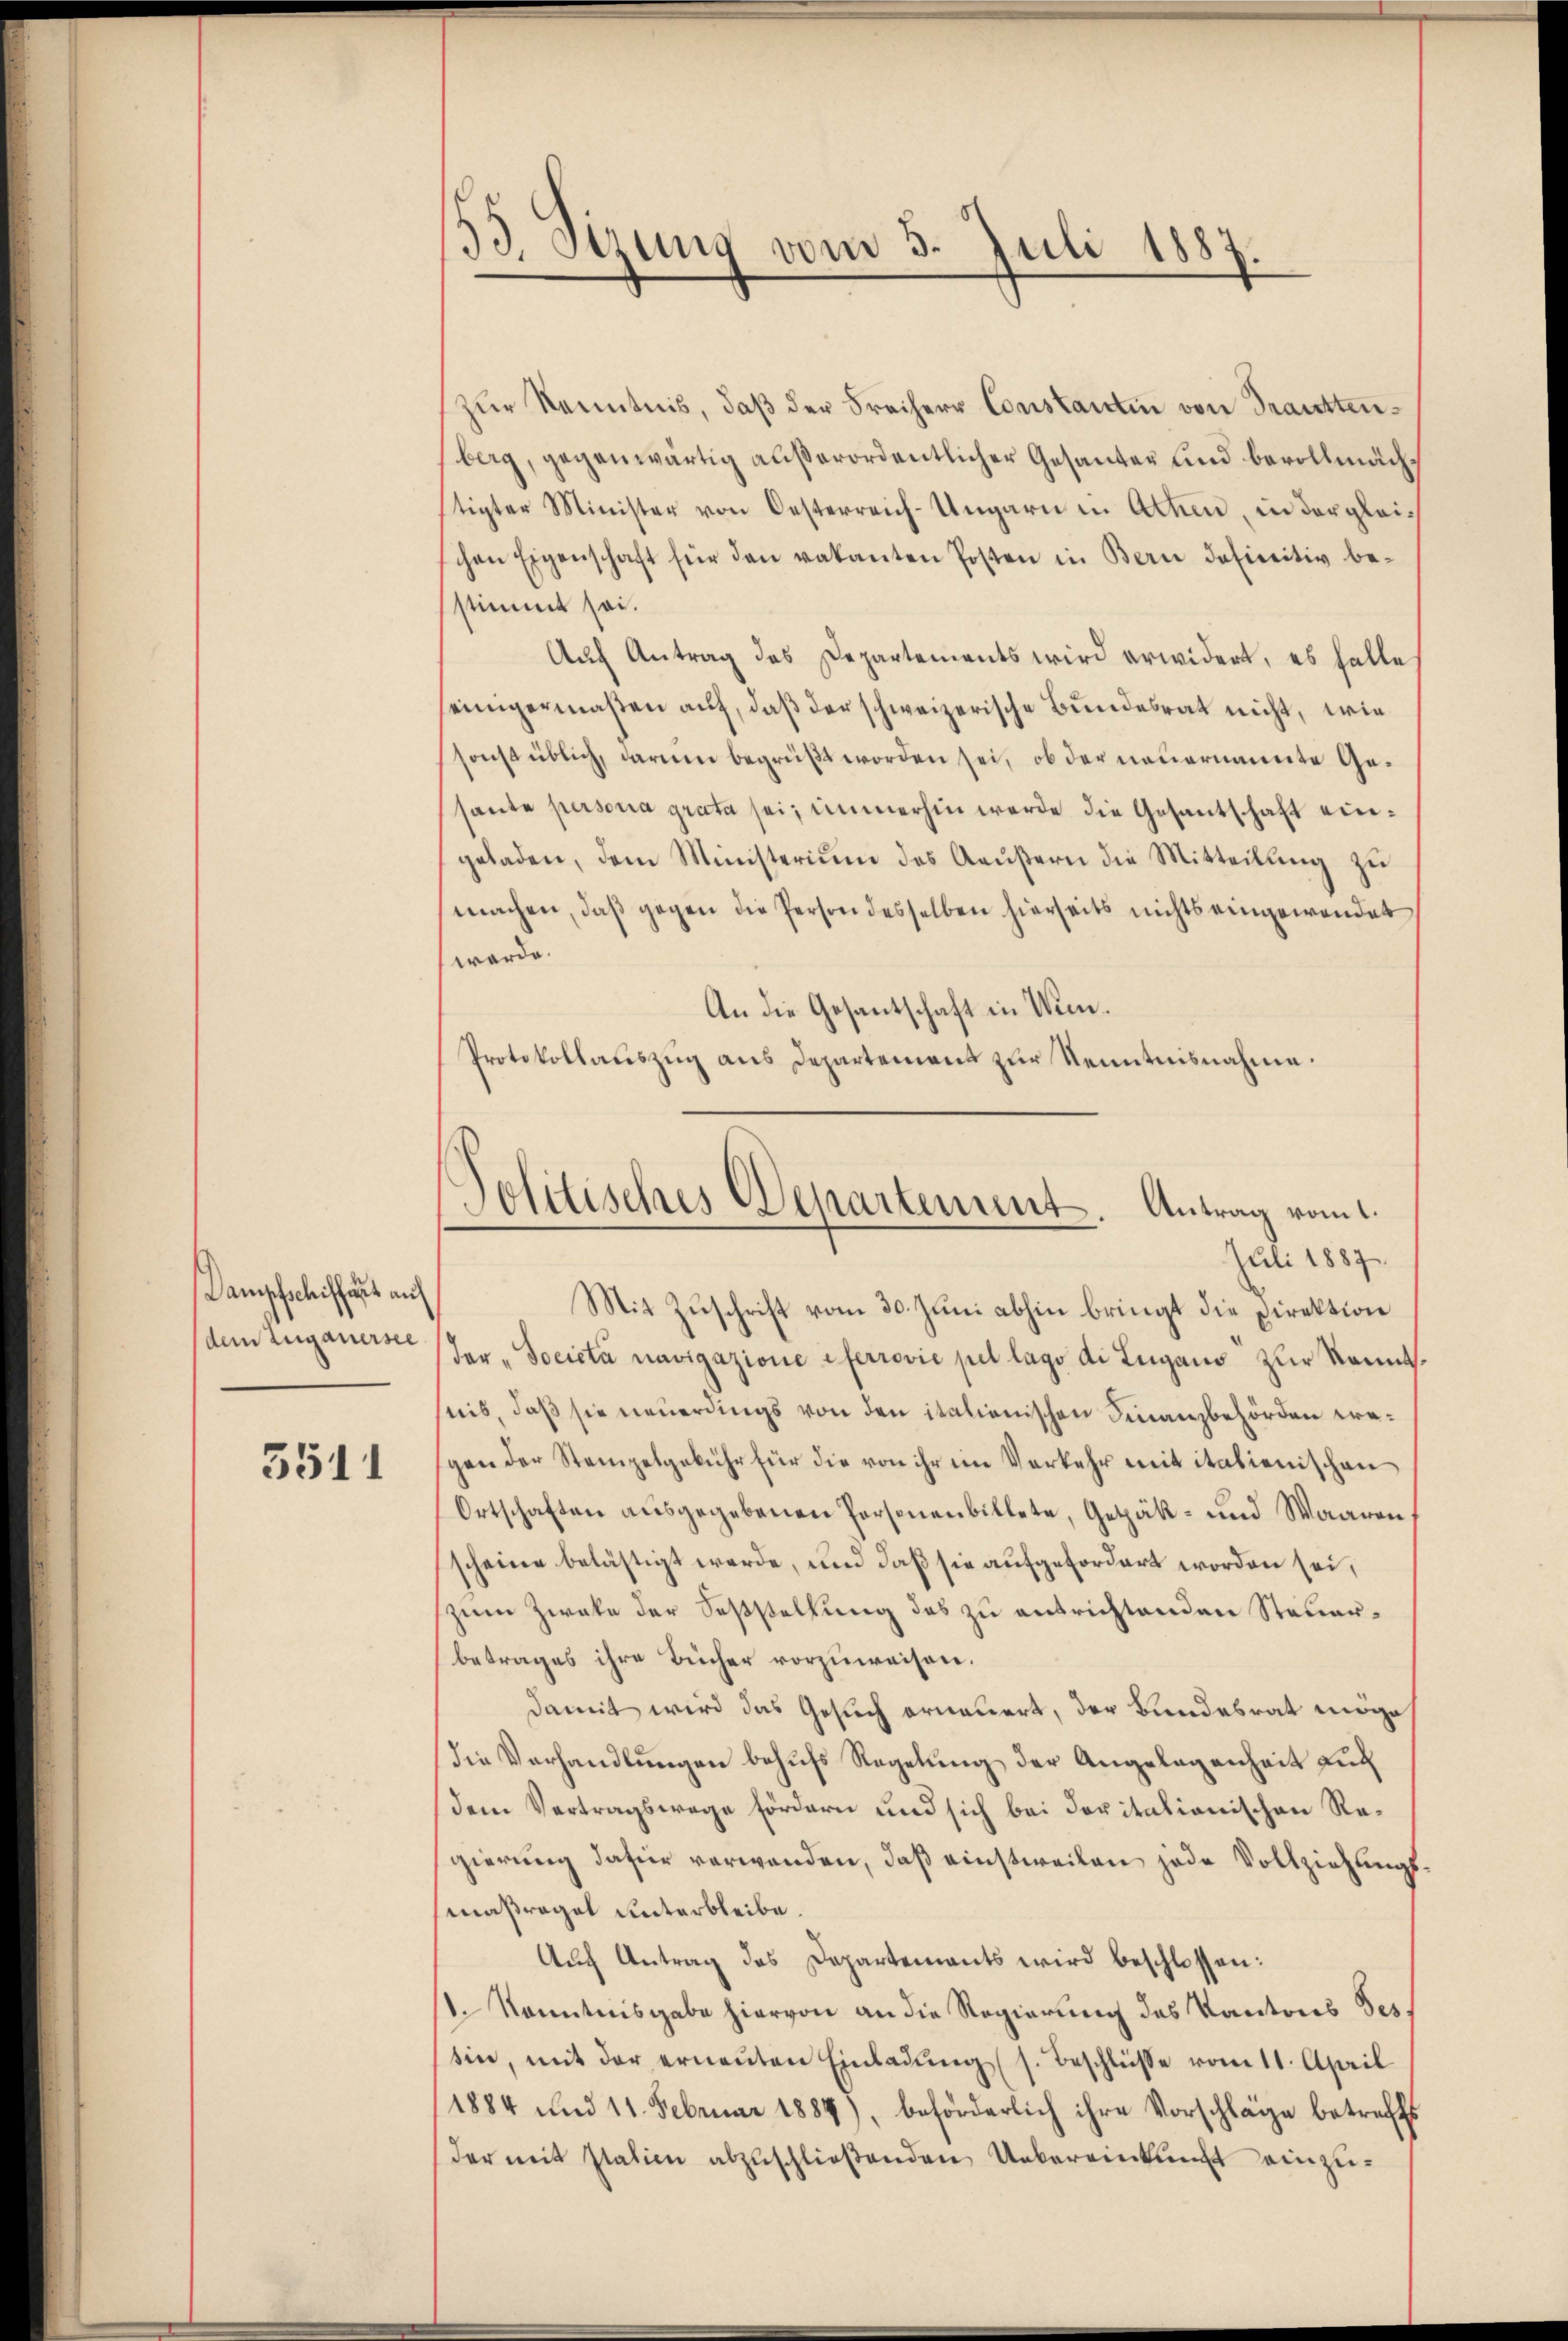
Dampfschiffart auf
dem Zuganersee

3511

zŭr Kenntnis, daβ der Freiherr Constantin von Trautenberg, gegenwärtig außerordentlicher Gesanter und bevollmächtigter Minister von Oesterreich-Ungarn in Athen, in dergleichen Eigenschaft für den vakanten Posten in Bern definitiv be-
stimmt sei.
Auf Antrag des Departements wird erwidert, es halte
seinigermaßen auf, daß der schweizerische Bundesrat nicht, wie
sonst üblich, darum begrüßt worden sei, ob der neuernannte Gesante persona grata sei, immerhin werde die Gesantschaft eingeladen, dem Ministerium des Aaŭβern die Mitteilŭng zŭ
machen, daβ gegen die Person desselben hierseits nichts eingewendet
werde.
An die Gesantschaft in Wien.
Protokollauszug aus Departement zur Kenntnisnahme.

.
Sitzung vom 3. Juli 1887.

Politisches Departement Antrag vom 1.
Juli 1887.

Mit Zuschrift vom 30. Juni abhin bringt die Direktion
der "Socicta navigazione ferrović pel lago di Lugano zur Kenntnis, daß sie neuerdings von den italienischen Finanzbehörden wegen der Stempelgebühr für die von ihr im Verkehr mit italienischen
Ortschaften aŭsgegebenen Personenbillete, Getäk- und Waaren,
scheine belästigt werde, und daß sie aufgefordert worden sei,
zum Zweke der Sesstellung des zu entrichtenden Steuerbetrages ihre Bücher vorzuweisen.
damit wird das Gesuch erneuert, der Bundesrat möge
die Verhandlungen behufs Regelung der Angelegenheit auch
dem Vertragswege fördern und sich bei Dopitalionischen Regierung dafür verwanden, daß einstweilen jede Vollziehungsmaßregel unterbleibe.
Auch Antrag des Departements wird beschlossen:
1. Kenntnisgabe hiervon an die Regierung des Kantons Tes.
tin, mit der ernaṅten Einladung (s. Beschlüsse vom 11. April
1884 und 11. Februar 1888), beförderlich ihre Vorschläge betreffs
der mit statien abzuschließenden Uebereinkunft einzu¬